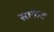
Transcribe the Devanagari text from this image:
साकेट